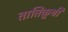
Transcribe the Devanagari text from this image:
तातिकूची